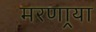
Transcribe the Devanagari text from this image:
मरणार्‍या